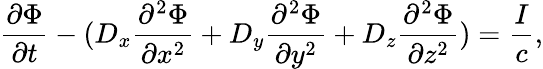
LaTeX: \frac{\partial{\Phi}}{\partial t}-(D_{x}\frac{\partial^{2}{\Phi}}{\partial x^{2}}+D_{y}\frac{\partial^{2}{\Phi}}{\partial y^{2}}+D_{z}\frac{\partial^{2}{\Phi}}{\partial z^{2}})=\frac{{I}}{c},